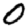
Digit: 0